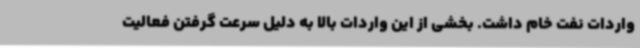
واردات نفت خام داشت. بخشی از این واردات بالا به دلیل سرعت گرفتن فعالیت